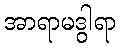
အာရာမဒွါရာ